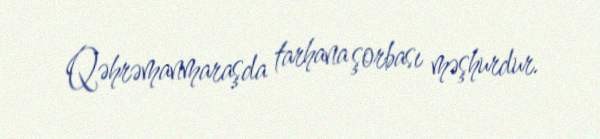
Qəhrəmanmaraşda tarhana şorbası məşhurdur.